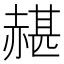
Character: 𧹱